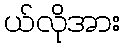
ယ်လိုအား